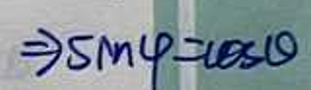
$\Rightarrow \sin  \varphi =\cos  \theta$